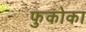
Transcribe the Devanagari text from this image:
फुकोका